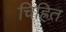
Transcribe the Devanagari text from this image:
चिह्रित